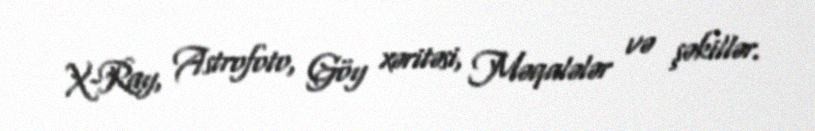
X-Ray, Astrofoto, Göy xəritəsi, Məqalələr və şəkillər.